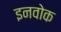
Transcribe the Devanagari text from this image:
इनवोक